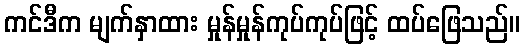
ကင်ဒီက မျက်နှာထား မှုန်မှုန်ကုပ်ကုပ်ဖြင့် ထပ်ဖြေသည်။